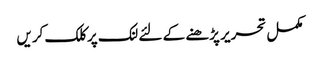
مکمل تحریر پڑھنے کے لئے لنک پر کلک کریں